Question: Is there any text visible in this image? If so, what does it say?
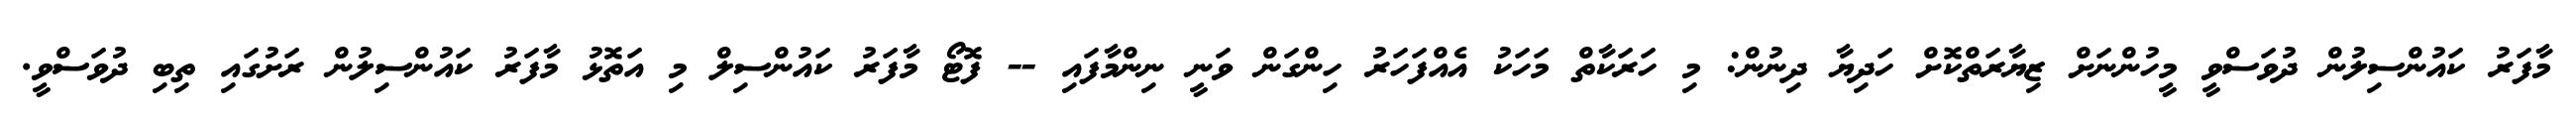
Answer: މާފަރު ކައުންސިލުން ދުވަސްވީ މީހުންނަށް ޒިޔާރަތްކޮށް ހަދިޔާ ދިނުން: މި ހަރަކާތް މަހަކު އެއްފަހަރު ހިންގަން ވަނީ ނިންމާފައި -- ފޮޓޯ މާފަރު ކައުންސިލް މި އަތޮޅު މާފަރު ކައުންސިލުން ރަށުގައި ތިބި ދުވަސްވީ.